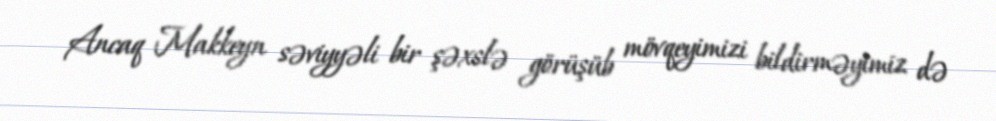
Ancaq Makkeyn səviyyəli bir şəxslə görüşüb mövqeyimizi bildirməyimiz də